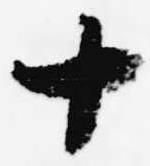
十